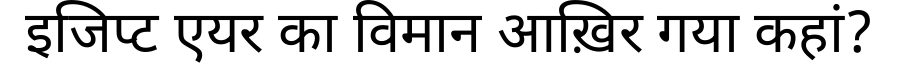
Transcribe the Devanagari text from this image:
इजिप्ट एयर का विमान आख़िर गया कहां?